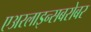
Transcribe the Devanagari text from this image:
एअरलाइन्सबरोबर